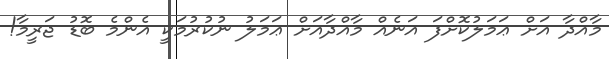
މާއްދާ އަށް ޢަމަލުކޮށްފަ އަނެއް މާއްދާއަށް ޢަމަލު ނުކުރުމަކީ އެންމެ ބޮޑު ޖަރީމާ!